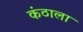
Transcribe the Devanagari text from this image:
कंठाला